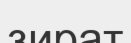
зират